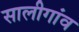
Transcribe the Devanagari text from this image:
सालीगांव